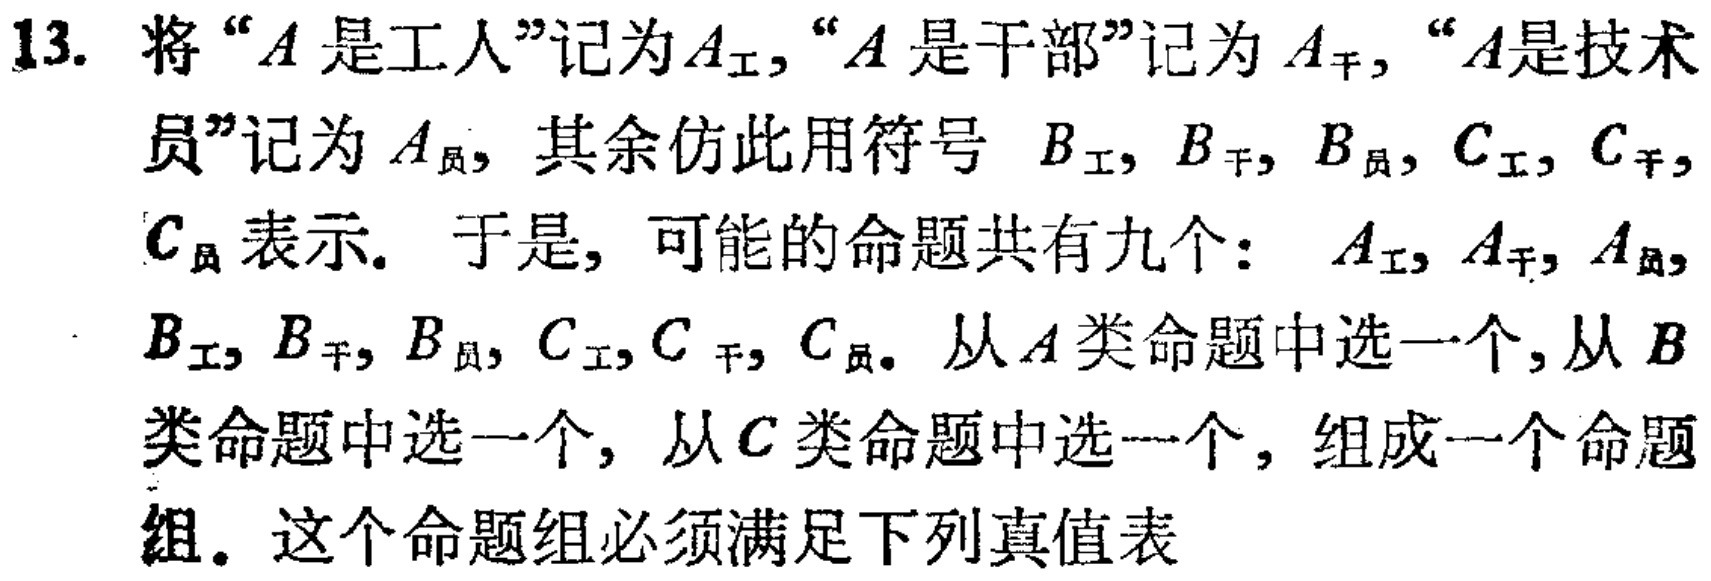
13. 将 “\(A\) 是工人”记为 \(A_{\text{工}}\)，“\(A\) 是干部”记为 \(A_{\text{干}}\)，“\(A\)是技术员”记为 \(A_{\text{员}}\)，其余仿此用符号 \(B_{\text{工}}, B_{\text{干}}, B_{\text{员}}, C_{\text{工}}, C_{\text{干}}, C_{\text{员}}\) 表示。于是，可能的命题共有九个： \(A_{\text{工}}, A_{\text{干}}, A_{\text{员}}, B_{\text{工}}, B_{\text{干}}, B_{\text{员}}, C_{\text{工}}, C_{\text{干}}, C_{\text{员}}\)。从 \(A\) 类命题中选一个，从 \(B\) 类命题中选一个，从 \(C\) 类命题中选一个，组成一个命题组。这个命题组必须满足下列真值表